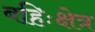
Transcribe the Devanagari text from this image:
बहिःक्षेत्र